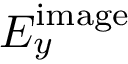
E _ { y } ^ { \mathrm { i m a g e } }